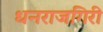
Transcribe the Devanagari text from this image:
धनराजगिरी